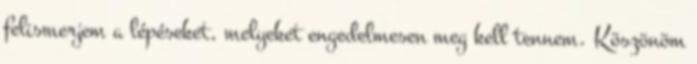
felismerjem a lépéseket, melyeket engedelmesen meg kell tennem. Köszönöm